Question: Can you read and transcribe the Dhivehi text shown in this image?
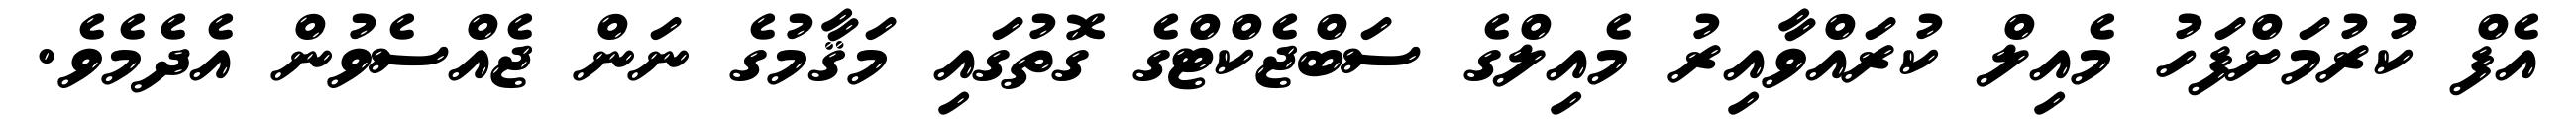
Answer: އެފް ކުރުމަށްފަހު މެއިލް ކުރައްވާއިރު މެއިލްގެ ސަބްޖެކްޓްގެ ގޮތުގައި މަޤާމުގެ ނަން ޖެއްސެވުން އެދެމެވެ.